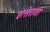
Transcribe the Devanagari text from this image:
वत्सराजा